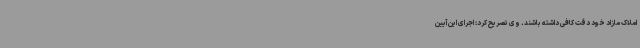
املاک مازاد خود دقت کافی داشته باشند. وی تصریح کرد: اجرای این آیین